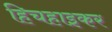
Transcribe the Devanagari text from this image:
हिचहाइकर